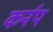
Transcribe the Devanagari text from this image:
कर्नप